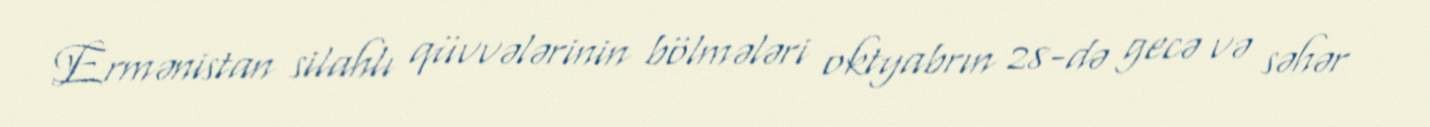
Ermənistan silahlı qüvvələrinin bölmələri oktyabrın 28-də gecə və səhər